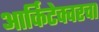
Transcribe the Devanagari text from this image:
आर्किटेक्चरचा